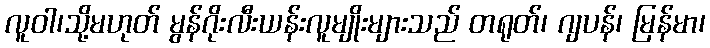
လူဝါ၊သို့မဟုတ် မွန်ဂိုးလီးယန်းလူမျိုးများသည် တရုတ်၊ ဂျပန်၊ မြန်မာ၊